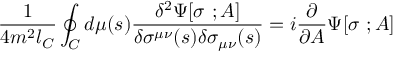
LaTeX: { \frac { 1 } { 4 m ^ { 2 } l _ { C } } } \oint _ { C } d \mu ( s ) { \frac { \delta ^ { 2 } \Psi [ \sigma \ ; A ] } { \delta \sigma ^ { \mu \nu } ( s ) \delta \sigma _ { \mu \nu } ( s ) } } = i { \frac { \partial } { \partial A } } \Psi [ \sigma \ ; A ]